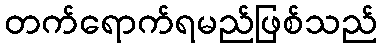
တက်ရောက်ရမည်ဖြစ်သည်